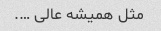
مثل همیشه عالی ….